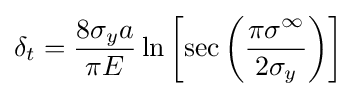
\delta _{t}={\frac {8\sigma _{y}a}{\pi E}}\ln \left[\sec \left({\frac {\pi \sigma ^{\infty }}{2\sigma _{y}}}\right)\right]